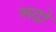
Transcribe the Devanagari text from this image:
रूद्रो